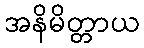
အနိမိတ္တာယ